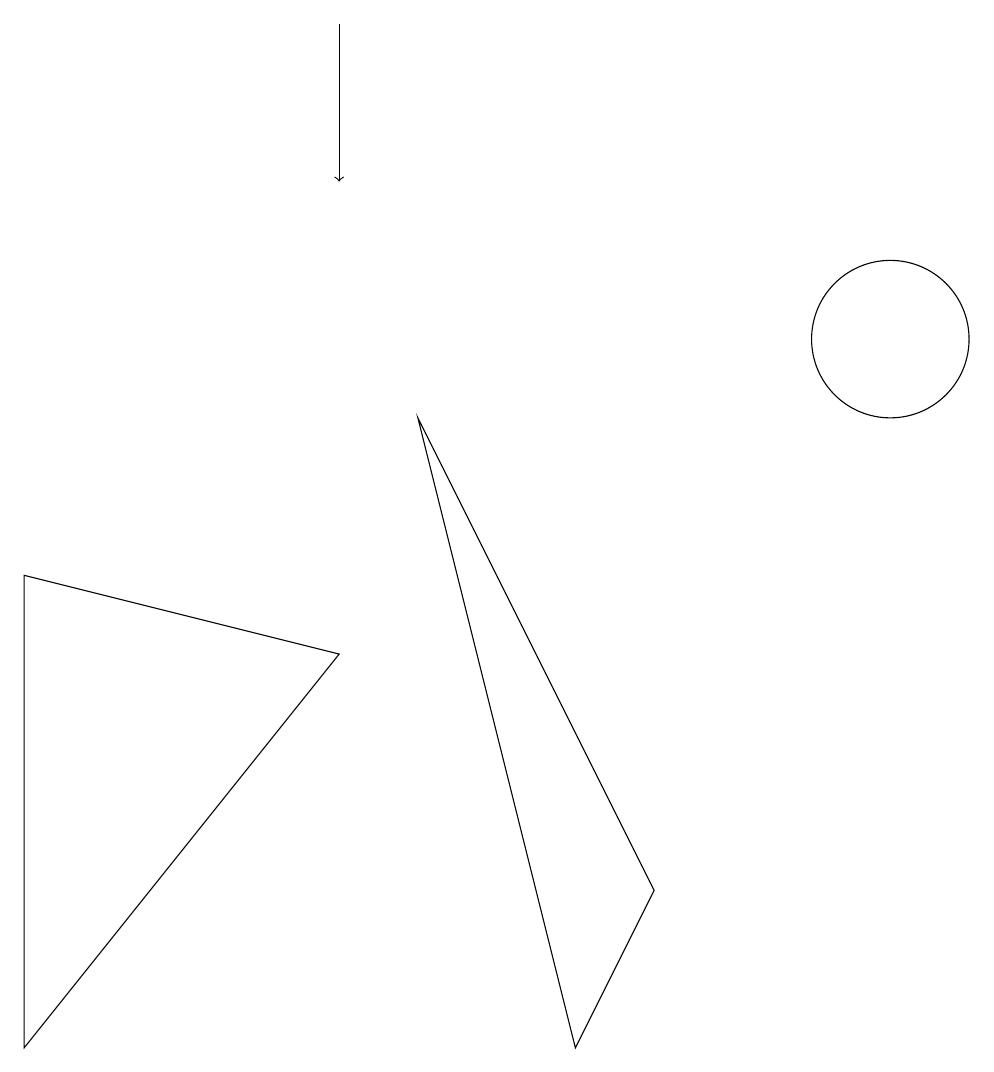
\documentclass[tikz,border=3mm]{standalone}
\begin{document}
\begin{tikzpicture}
\draw[->] (4,14) -- (4,12);
\draw (11,10) circle (1);
\draw (4,6) -- (0,1) -- (0,7) -- cycle;
\draw (11,11) circle (0);
\draw (5,9) -- (8,3) -- (7,1) -- cycle;
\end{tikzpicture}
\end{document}